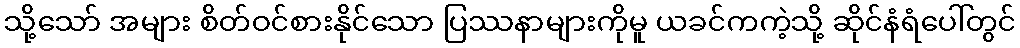
သို့သော် အများ စိတ်ဝင်စားနိုင်သော ပြဿနာများကိုမူ ယခင်ကကဲ့သို့ ဆိုင်နံရံပေါ်တွင်